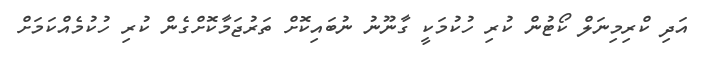
އަދި ކްރިމިނަލް ކޯޓުން ކުރި ހުކުމަކީ ގާނޫނު ނުބައިކޮށް ތަރުޖަމާކޮށްގެން ކުރި ހުކުމެއްކަމަށް